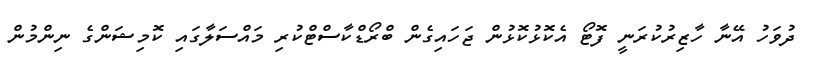
ދުވަހު އޭނާ ހާޒިރުކުރަނީ ފޮޓޯ އެކޮޅުކޮޅުން ޖަހައިގެން ބްރޯޑްކާސްޓްކުރި މައްސަލާގައި ކޮމިޝަންގެ ނިންމުން